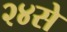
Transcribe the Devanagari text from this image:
२४से